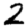
Digit: 2